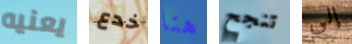
يعنيه خدع هنا تنجح إلى